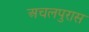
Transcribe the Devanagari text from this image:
अचलपुरास